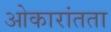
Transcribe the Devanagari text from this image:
ओकारांतता